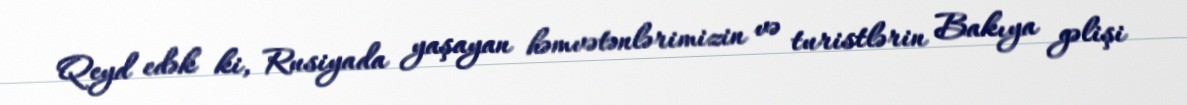
Qeyd edək ki, Rusiyada yaşayan həmvətənlərimizin və turistlərin Bakıya gəlişi